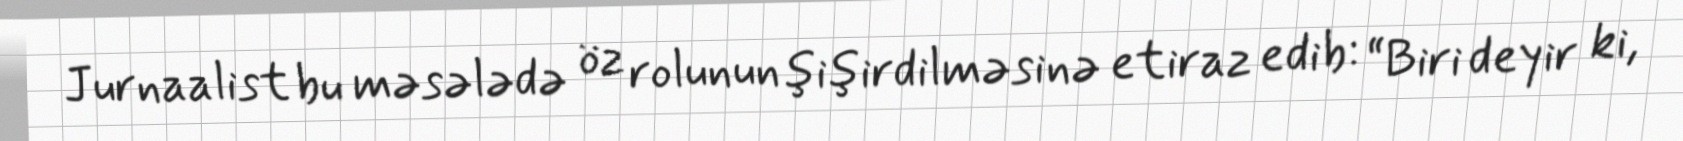
Jurnaalist bu məsələdə öz rolunun şişirdilməsinə etiraz edib: “Biri deyir ki,